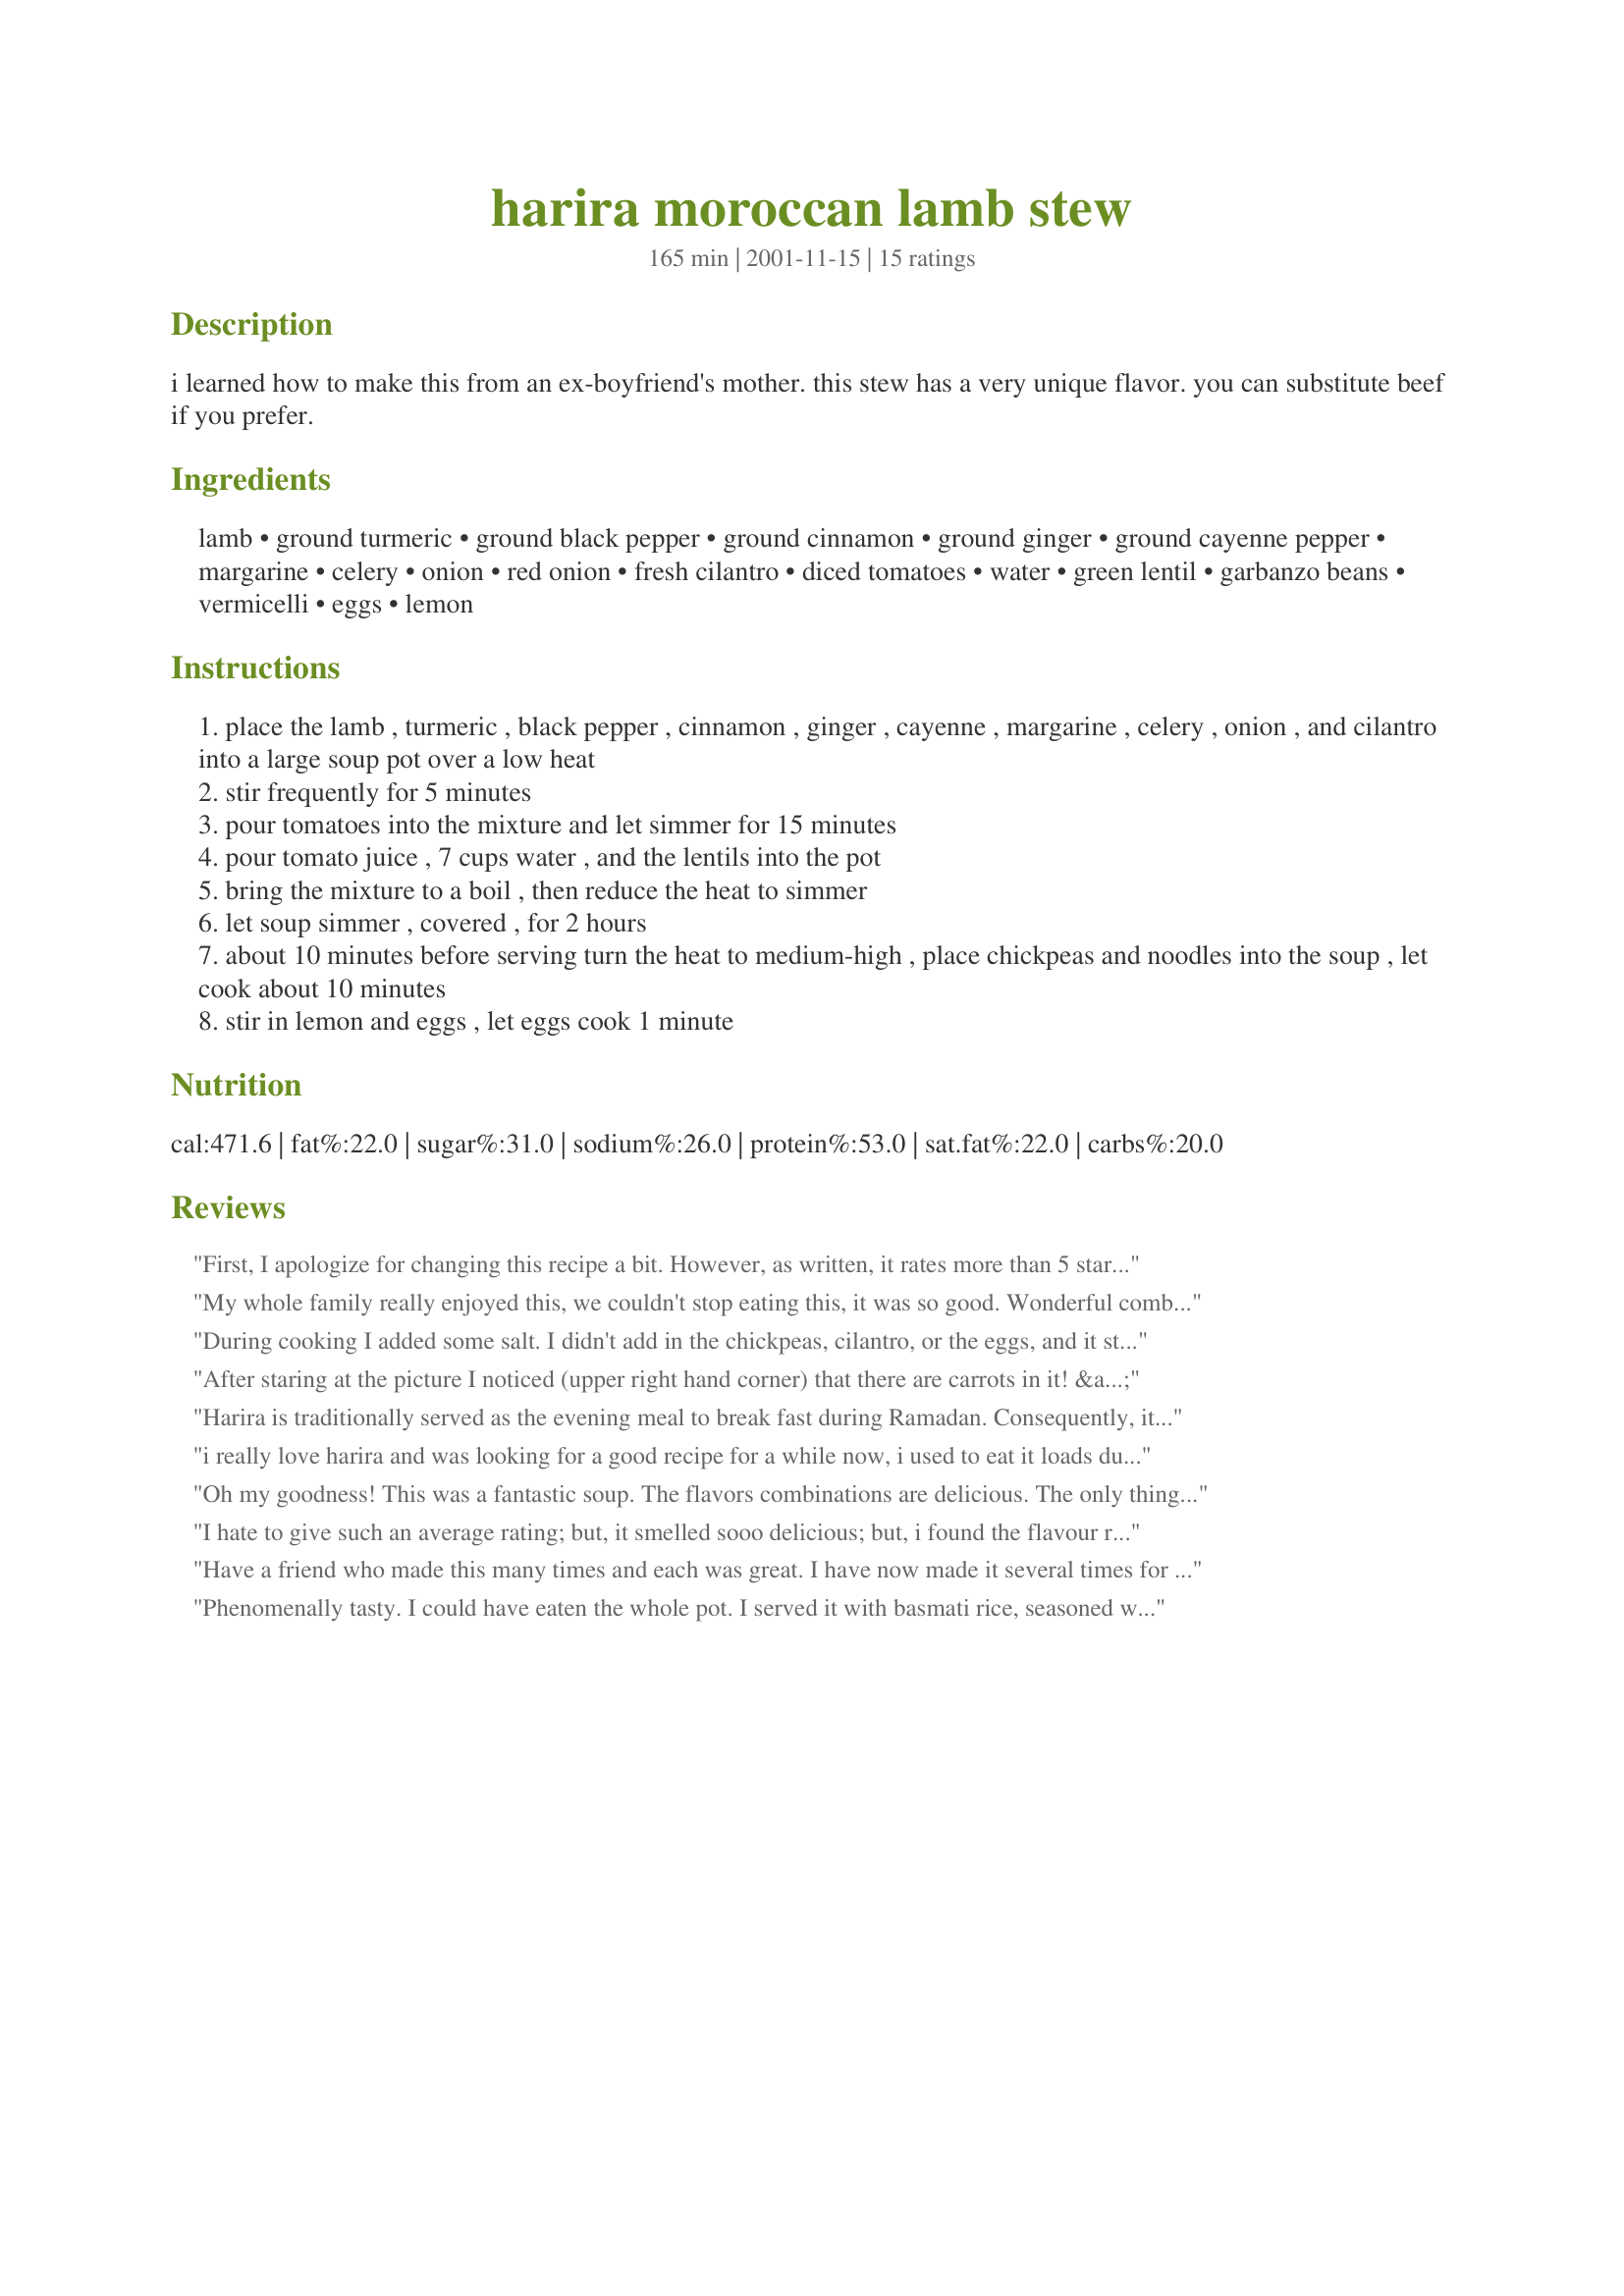
harira moroccan lamb stew
Preparation time: 165 minutes

i learned how to make this from an ex-boyfriend's mother. this stew has a very unique flavor. you can substitute beef if you prefer.

Ingredients:
lamb, ground turmeric, ground black pepper, ground cinnamon, ground ginger, ground cayenne pepper, margarine, celery, onion, red onion, fresh cilantro, diced tomatoes, water, green lentil, garbanzo beans, vermicelli, eggs, lemon

Steps:
place the lamb , turmeric , black pepper , cinnamon , ginger , cayenne , margarine , celery , onion , and cilantro into a large soup pot over a low heat
stir frequently for 5 minutes
pour tomatoes into the mixture and let simmer for 15 minutes
pour tomato juice , 7 cups water , and the lentils into the pot
bring the mixture to a boil , then reduce the heat to simmer
let soup simmer , covered , for 2 hours
about 10 minutes before serving turn the heat to medium-high , place chickpeas and noodles into the soup , let cook about 10 minutes
stir in lemon and eggs , let eggs cook 1 minute

Reviews:
First, I apologize for changing this recipe a bit. However, as written, it rates more than 5 stars. I was looking for something out of the ordinary for Sunday dinner and this recipe sounded good but I didn't want it in stew form. I wanted to serve over rice. Therefore, I used only 3 cups of liquid (chicken broth)and also omitted the vermicelli. I don't like the looks of stringy egg floating in my food so omitted it also. These changes in no way took away from the wonderful flavor of the seasoning. Served over fluffy Basmati Rice along with Naan and a Cucumber/yoghurt salad made for a very tasty Sunday dinner.
My whole family really enjoyed this, we couldn't stop eating this, it was so good. Wonderful combination of flavors. The only change I made was to use red lentil instead of green, since that's what I had. This is definitely a keeper!
During cooking I added some salt. I didn't add in the chickpeas, cilantro, or the eggs, and it still came out very good. Thanks for the recipe.
After staring at the picture I noticed (upper right hand corner) that there are carrots in it! &lt;br/&gt; I added them (3) along with salt and garlic. I also used buckwheat noodles (soba) instead of vermicelli. Definitely will make it again.
Harira is traditionally served as the evening meal to break fast during Ramadan. Consequently, it's meant to be both hearty and very nourishing. Most Moroccan cooks have their own versions (some may use saffron instead of turmeric; others vary in their use of cayenne, cinnamon, eggs, flat leaf parsley, marrow bones, etc.). Most recipes do include rice or vermicelli, and typically the meat is not browned before it's put into the stew, but it's all a matter of taste. I've tried many versions and variations of this soup. This recipe was easy to prepare, and I think it's very good as it stands. The canned tomatoes work well during the winter when fresh ones are relatively tasteless.
i really love harira and was looking for a good recipe for a while now, i used to eat it loads during ramadan in my friends house who is morocan. i made it yesterday and mmmmmm i loved it! i added some cumin, about 1tbs tomato puree,1 tsp curry powder and some harissa for a little spicey kick. but other than that i followed the recipe properly :) thanks for sharing!! i will be making it loads more.
Oh my goodness! This was a fantastic soup. The flavors combinations are delicious. The only thing I changed was the cooking technique. As the spice mixture is very similar to what Indian's use, I used my mothers method for cooking just about anything. Saute onions for a few minutes, then add spices, cook a few minutes more-until the oils have released then continue as directed. It came out beautifully! Thanks for a great simple recipe.
I hate to give such an average rating; but, it smelled sooo delicious; but, i found the flavour really disappointed. I went through every review adding any extras that others have added & still felt the flavour's just didn't add up to a great recipe. sorry. the stew was edible; but, i won't try it again. sorry :(
Have a friend who made this many times and each was great. I have now made it several times for my Algerian boyfriend who loves it as well as it reminds him of Chorba. Very simple and easy to follow directions- Thanks for posting Mirj.
Phenomenally tasty. I could have eaten the whole pot. I served it with basmati rice, seasoned with olive oil, and a mix of pistachios and herbs. Wonderful! Thanks!
I finally had a chance to make this and even though it's summer and it heated up the kitchen, it was so worth it! First, the instructions given here are very clear. This is such an easy dish to make. I used the shank portion of a leg of lamb, rather than the lamb cubes, and couscous instead of vermicelli, because that's how I had it in a restaurant in Jaffa. (oh and I added a carrot) This dish has such a great depth of flavor and the broth is so rich and wonderful. My whole family really LOVED this dish. Thank you so much Mirj for sharing this with all of us! Everyone should try this (even if you think you dont' like lamb!)
I didn't know what this was suuposed to taste like, so I followed the directions almost exactle. (I forgot to buy the garbonzo beans. Very tasty, unique sort of dish. I'll make it again.
I did like this stew, however I felt a few things were lacking. For one, this recipe does not call for salt, so I think it would be better to salt the lamb cubes before adding them to the pot. Also, The recipe asks you to throw mostly everything in at once, I would suggest sauteing the onions first, then add seasoned lamb and brown, then follow the the remailing ingredients.(I also added three garlic cloves, I can't imagine eating lamb without garlic) I used olive oil instead of butter (lamb is fatty enough). In the future I think I will use lamb that still has the bone. I used boneless leg of lamb and both my husband and I were dissappointed that we could not taste much of the lamb in this "Lamb Stew" I do think that the bone would have imparted more flavor. I also omited the vermicelli since the soup has enough starch with the lentils and garbanzos. All in all I think it is a good recipe and I would make it again.
This was my 1st attempt in making this dish - and we LOVED it! I used bone-in lamb pieces, added 2 cloves garlic, used red lentils instead of green and skipped the eggs. Also, I first sauteed the onions and garlic just to brown it up a bit and then added in the spices, lamb and salt, then carried on as per the recipe. DH, who avoids lentils like the plague, did not whinge! Next time, I shall add in a few strands of saffron and maybe try to spice it up a bit more by adding ground cumin and coriander. Thank you, Mirj, for sharing this wonderful recipe!
Wow! It's delicious. I followed the recipe except for the water - I replaced with one cup of red wine, 14 oz of beef broth and 2 cups of water. I also added about 1.5 tablespoon of salt. I cooked the vermicelli separately and added as desired. YUMMY! The spices are flavorful but not hot. Our whole family enjoyed it and all gave it a hearty five stars. My daughter asked me to pack it in her lunch tomorrow. Thank you Mirj for another great recipe.
